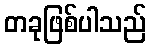
တခုဖြစ်ပါသည်